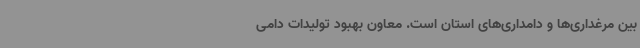
بین مرغداری‌ها و دامداری‌های استان است. معاون بهبود تولیدات دامی